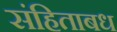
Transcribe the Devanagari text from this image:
संहिताबध